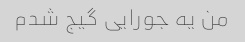
من یه جورایی گیج شدم